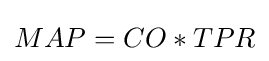
MAP=CO*TPR